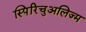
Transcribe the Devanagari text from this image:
स्पिरिचुअलिज्म